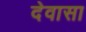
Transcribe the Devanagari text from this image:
देवासा